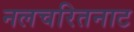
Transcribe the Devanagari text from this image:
नलचरितनाट